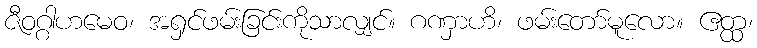
ဇီဝဂ္ဂါဟမေဝ၊ အရှင်ဖမ်းခြင်းကိုသာလျှင်။ ဂဏှာဟိ၊ ဖမ်းတော်မူလော။ ဧတ္ထ၊